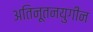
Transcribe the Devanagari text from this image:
अतिनूतनयुगीन